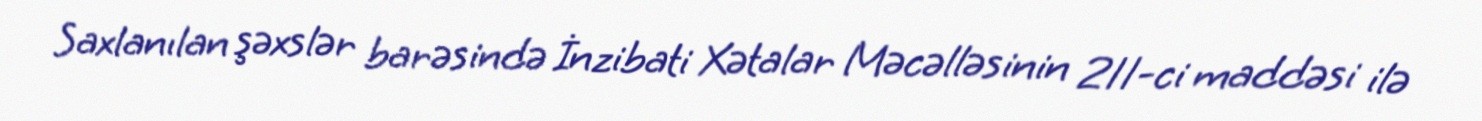
Saxlanılan şəxslər barəsində İnzibati Xətalar Məcəlləsinin 211-ci maddəsi ilə